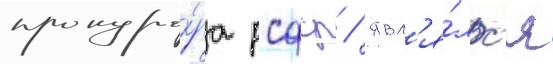
прокуро́ра рсфср / явл'я́лс'я